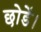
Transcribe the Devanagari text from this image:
छोडें।